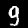
Label: 9